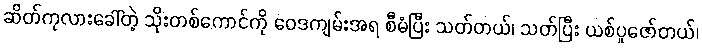
ဆိတ်ကုလားခေါ်တဲ့ သိုးတစ်ကောင်ကို ဝေဒကျမ်းအရ စီမံပြီး သတ်တယ်၊ သတ်ပြီး ယစ်ပူဇော်တယ်၊